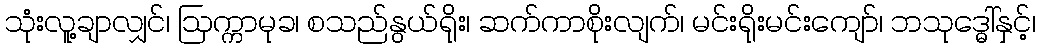
သုံးလူ့ချာလျှင်၊ ဩက္ကာမုခ၊ စသည်နွယ်ရိုး၊ ဆက်ကာစိုးလျက်၊ မင်းရိုးမင်းကျော်၊ ဘသုဒ္ဓေါ်နှင့်၊